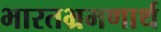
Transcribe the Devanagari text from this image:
भारतभ्रमणार्थ